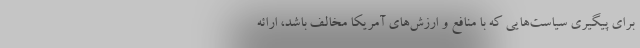
برای پیگیری سیاست‌هایی که با منافع و ارزش‌های آمریکا مخالف باشد، ارائه